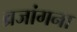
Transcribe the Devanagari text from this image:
व्रजांगना